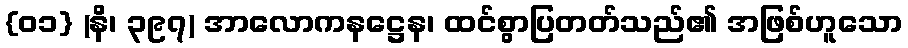
{၀၁} (နိ၊ ၃၉၇) အာလောကနဋ္ဌေန၊ ထင်စွာပြတတ်သည်၏ အဖြစ်ဟူသော